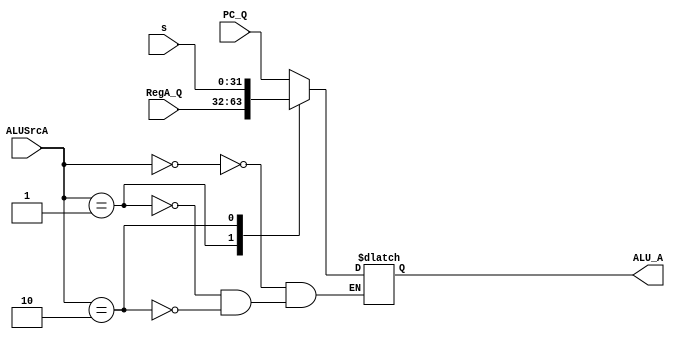
`timescale 1ns / 1ps

module mux4(
  input [1:0] ALUSrcA,
  input [31:0] PC_Q,
  input [31:0] RegA_Q,
  input [31:0] s,
  output reg [31:0] ALU_A
    );
always@*
  begin
  case(ALUSrcA)
  2'b00:ALU_A=PC_Q;
  2'b01:ALU_A=RegA_Q;
  2'b10:ALU_A=s;
  endcase
  end
endmodule